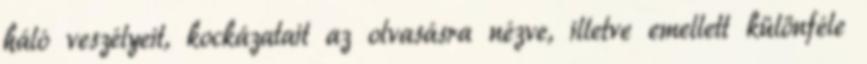
háló veszélyeit, kockázatait az olvasásra nézve, illetve emellett különféle